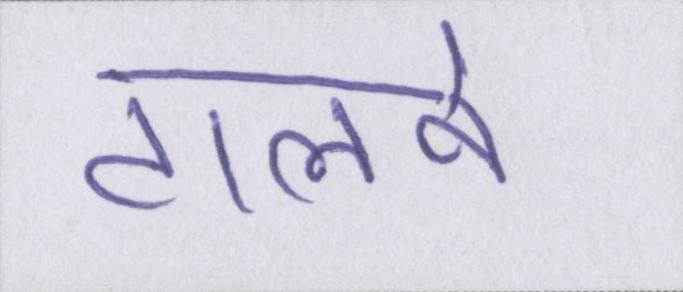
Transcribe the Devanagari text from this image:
टालने